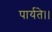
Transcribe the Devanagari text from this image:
पार्यते।।